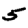
Digit: 5